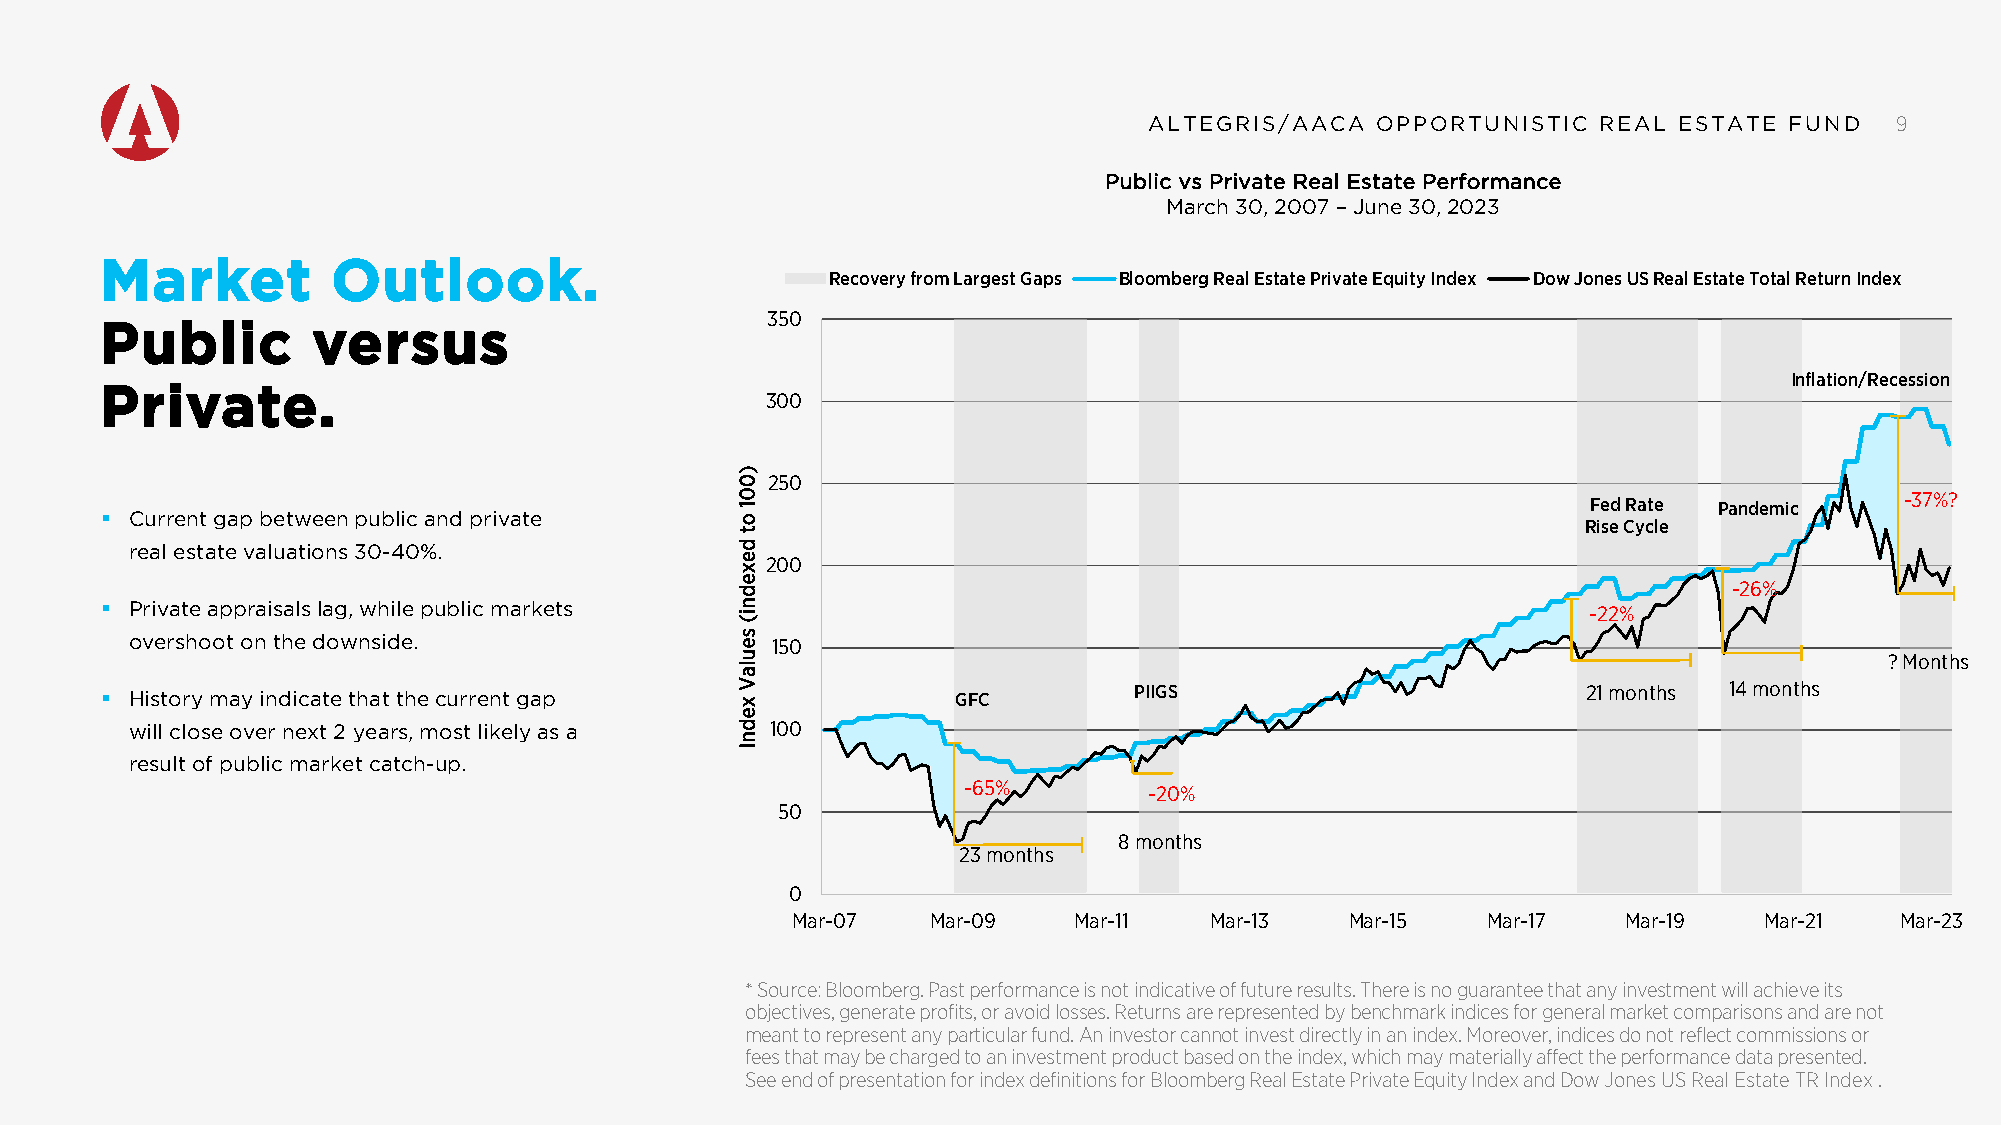
AALLTTEEGGRRIISS//AAAACCAA OOPPPPOORRTTUUNNIISSTTIICC RREEAALL EESSTTAATTEE FFUUNNDD 9
 Public vs Private Real Estate Performance
 March 30, 2007 – June 30, 2023
 Market         Outlook.
 Recovery from Largest Gaps Bloomberg Real Estate Private Equity Index Dow Jones US Real Estate Total Return Index
 350
 Public        versus
 Inflation/Recession
 Private.
 300
 250
 -37%?
 Fed Rate Pandemic
  Current gap between public and private                                                          Rise Cycle
 real estate valuations 30-40%.
 200
 -26%
  Private appraisals lag, while public markets                                                    -22%
 overshoot on the downside.                150
 ? Months
  History may indicate that the current gap             GFC         PIIGS                         21 months 14 months
 will close over next 2 years, most likely as a 100
 result of public market catch-up.
 -65%        -20%
 50
 8 months
 23 months
 0
 Mar-07    Mar-09   Mar-11   Mar-13   Mar-15   Mar-17    Mar-19   Mar-21   Mar-23
 * Source: Bloomberg. Past performance is not indicative of future results. There is no guarantee that any investment will achieve its
 objectives, generate profits, or avoid losses. Returns are represented by benchmark indices for general market comparisons and are not
 meant to represent any particular fund. An investor cannot invest directly in an index. Moreover, indices do not reflect commissions or
 fees that may be charged to an investment product based on the index, which may materially affect the performance data presented.
 See end of presentation for index definitions for Bloomberg Real Estate Private Equity Index and Dow Jones US Real Estate TR Index.
 )001
 ot
 dexedni(
 seulaV
 xednI